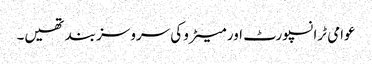
عوامی ٹرانسپورٹ اور میٹرو کی سروسز بند تھیں۔